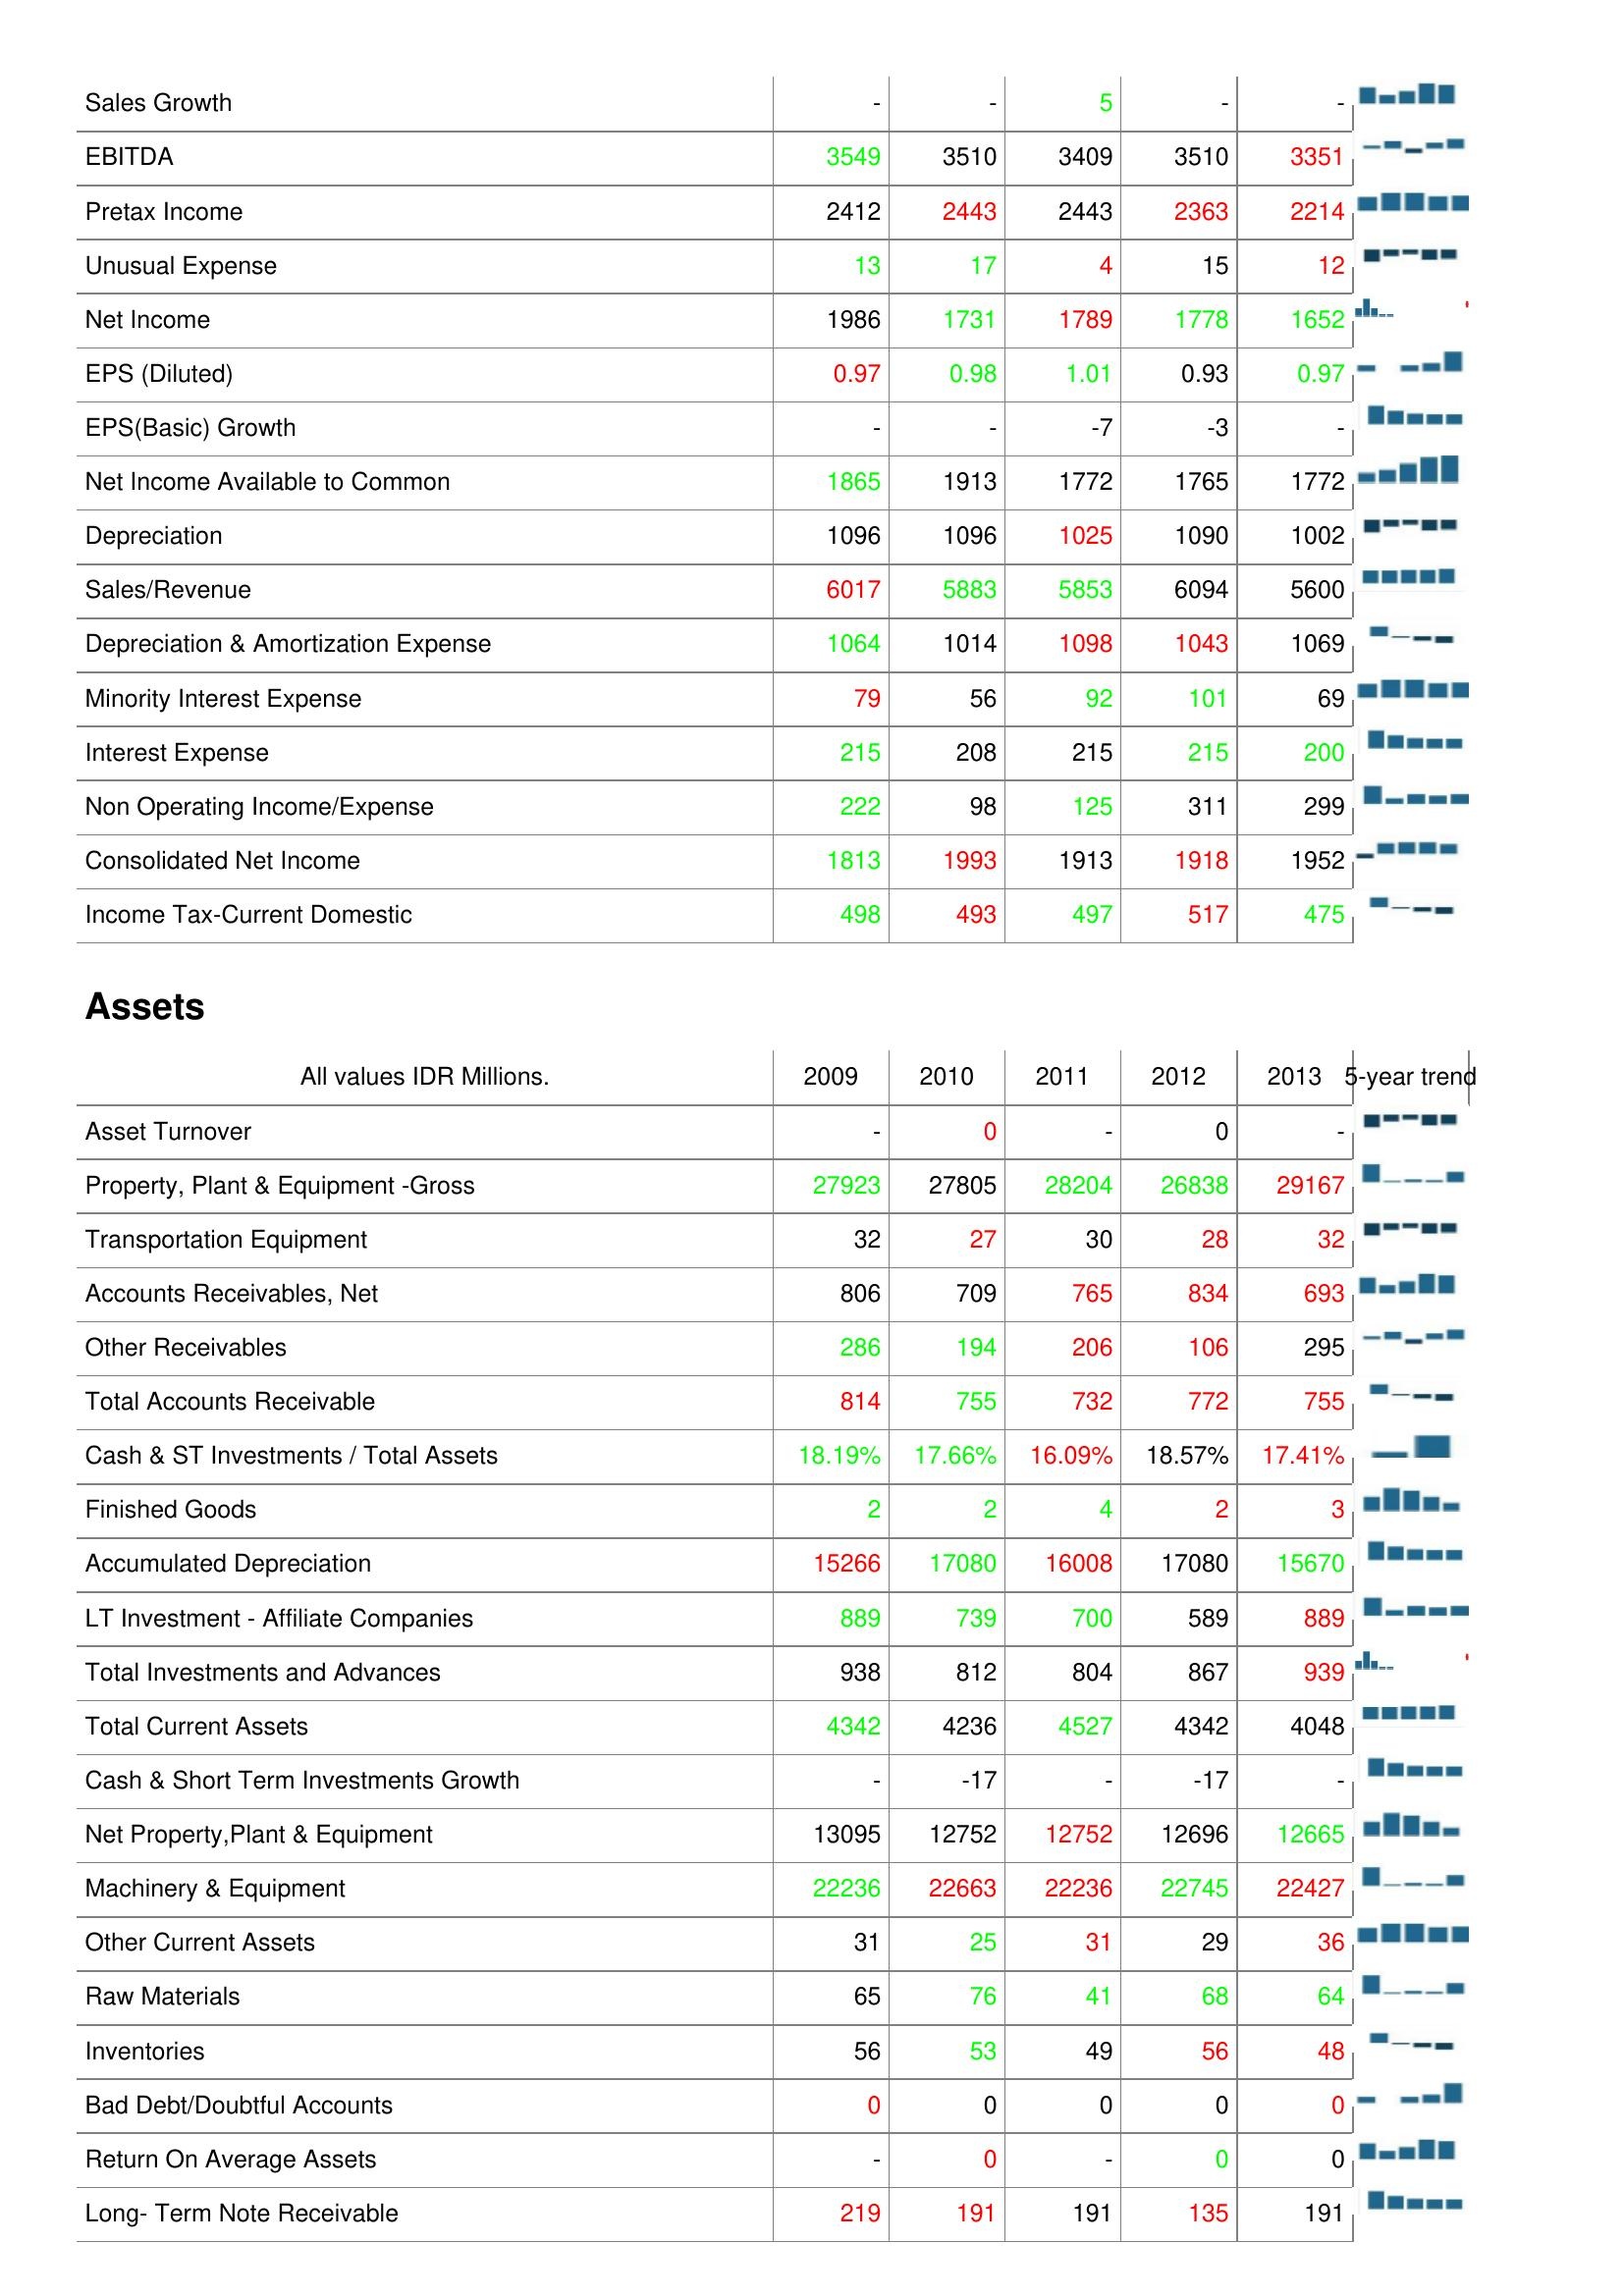
2009: : Sales Growth: -
EBITDA: 3549
Pretax Income: 2412
Unusual Expense: 13
Net Income: 1986
EPS (Diluted): 0.97
EPS(Basic) Growth: -
Net Income Available to Common: 1865
Depreciation: 1096
Sales/Revenue: 6017
Depreciation & Amortization Expense: 1064
Minority Interest Expense: 79
Interest Expense: 215
Non Operating Income/Expense: 222
Consolidated Net Income: 1813
Income Tax-Current Domestic: 498
Assets: Asset Turnover: -
Property, Plant & Equipment -Gross: 27923
Transportation Equipment: 32
Accounts Receivables, Net: 806
Other Receivables: 286
Total Accounts Receivable: 814
Cash & ST Investments / Total Assets: 18.19%
Finished Goods: 2
Accumulated Depreciation: 15266
LT Investment - Affiliate Companies: 889
Total Investments and Advances: 938
Total Current Assets: 4342
Cash & Short Term Investments Growth: -
Net Property,Plant & Equipment: 13095
Machinery & Equipment: 22236
Other Current Assets: 31
Raw Materials: 65
Inventories: 56
Bad Debt/Doubtful Accounts: 0
Return On Average Assets: -
Long- Term Note Receivable: 219
2010: : Sales Growth: -
EBITDA: 3510
Pretax Income: 2443
Unusual Expense: 17
Net Income: 1731
EPS (Diluted): 0.98
EPS(Basic) Growth: -
Net Income Available to Common: 1913
Depreciation: 1096
Sales/Revenue: 5883
Depreciation & Amortization Expense: 1014
Minority Interest Expense: 56
Interest Expense: 208
Non Operating Income/Expense: 98
Consolidated Net Income: 1993
Income Tax-Current Domestic: 493
Assets: Asset Turnover: 0
Property, Plant & Equipment -Gross: 27805
Transportation Equipment: 27
Accounts Receivables, Net: 709
Other Receivables: 194
Total Accounts Receivable: 755
Cash & ST Investments / Total Assets: 17.66%
Finished Goods: 2
Accumulated Depreciation: 17080
LT Investment - Affiliate Companies: 739
Total Investments and Advances: 812
Total Current Assets: 4236
Cash & Short Term Investments Growth: -17
Net Property,Plant & Equipment: 12752
Machinery & Equipment: 22663
Other Current Assets: 25
Raw Materials: 76
Inventories: 53
Bad Debt/Doubtful Accounts: 0
Return On Average Assets: 0
Long- Term Note Receivable: 191
2011: : Sales Growth: 5
EBITDA: 3409
Pretax Income: 2443
Unusual Expense: 4
Net Income: 1789
EPS (Diluted): 1.01
EPS(Basic) Growth: -7
Net Income Available to Common: 1772
Depreciation: 1025
Sales/Revenue: 5853
Depreciation & Amortization Expense: 1098
Minority Interest Expense: 92
Interest Expense: 215
Non Operating Income/Expense: 125
Consolidated Net Income: 1913
Income Tax-Current Domestic: 497
Assets: Asset Turnover: -
Property, Plant & Equipment -Gross: 28204
Transportation Equipment: 30
Accounts Receivables, Net: 765
Other Receivables: 206
Total Accounts Receivable: 732
Cash & ST Investments / Total Assets: 16.09%
Finished Goods: 4
Accumulated Depreciation: 16008
LT Investment - Affiliate Companies: 700
Total Investments and Advances: 804
Total Current Assets: 4527
Cash & Short Term Investments Growth: -
Net Property,Plant & Equipment: 12752
Machinery & Equipment: 22236
Other Current Assets: 31
Raw Materials: 41
Inventories: 49
Bad Debt/Doubtful Accounts: 0
Return On Average Assets: -
Long- Term Note Receivable: 191
2012: : Sales Growth: -
EBITDA: 3510
Pretax Income: 2363
Unusual Expense: 15
Net Income: 1778
EPS (Diluted): 0.93
EPS(Basic) Growth: -3
Net Income Available to Common: 1765
Depreciation: 1090
Sales/Revenue: 6094
Depreciation & Amortization Expense: 1043
Minority Interest Expense: 101
Interest Expense: 215
Non Operating Income/Expense: 311
Consolidated Net Income: 1918
Income Tax-Current Domestic: 517
Assets: Asset Turnover: 0
Property, Plant & Equipment -Gross: 26838
Transportation Equipment: 28
Accounts Receivables, Net: 834
Other Receivables: 106
Total Accounts Receivable: 772
Cash & ST Investments / Total Assets: 18.57%
Finished Goods: 2
Accumulated Depreciation: 17080
LT Investment - Affiliate Companies: 589
Total Investments and Advances: 867
Total Current Assets: 4342
Cash & Short Term Investments Growth: -17
Net Property,Plant & Equipment: 12696
Machinery & Equipment: 22745
Other Current Assets: 29
Raw Materials: 68
Inventories: 56
Bad Debt/Doubtful Accounts: 0
Return On Average Assets: 0
Long- Term Note Receivable: 135
2013: : Sales Growth: -
EBITDA: 3351
Pretax Income: 2214
Unusual Expense: 12
Net Income: 1652
EPS (Diluted): 0.97
EPS(Basic) Growth: -
Net Income Available to Common: 1772
Depreciation: 1002
Sales/Revenue: 5600
Depreciation & Amortization Expense: 1069
Minority Interest Expense: 69
Interest Expense: 200
Non Operating Income/Expense: 299
Consolidated Net Income: 1952
Income Tax-Current Domestic: 475
Assets: Asset Turnover: -
Property, Plant & Equipment -Gross: 29167
Transportation Equipment: 32
Accounts Receivables, Net: 693
Other Receivables: 295
Total Accounts Receivable: 755
Cash & ST Investments / Total Assets: 17.41%
Finished Goods: 3
Accumulated Depreciation: 15670
LT Investment - Affiliate Companies: 889
Total Investments and Advances: 939
Total Current Assets: 4048
Cash & Short Term Investments Growth: -
Net Property,Plant & Equipment: 12665
Machinery & Equipment: 22427
Other Current Assets: 36
Raw Materials: 64
Inventories: 48
Bad Debt/Doubtful Accounts: 0
Return On Average Assets: 0
Long- Term Note Receivable: 191